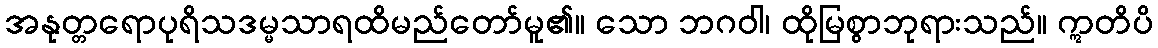
အနုတ္တရောပုရိသဒမ္မသာရထိမည်တော်မူ၏။ သော ဘဂဝါ၊ ထိုမြစွာဘုရားသည်။ ဣတိပိ